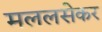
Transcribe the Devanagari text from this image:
मललसेकर